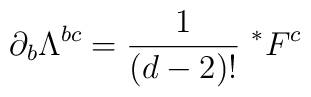
\partial_{b}\Lambda^{bc}=\frac{1}{(d-2)!}~^{*}F^{c}